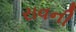
રાવની